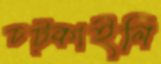
চট্‌কাইলি